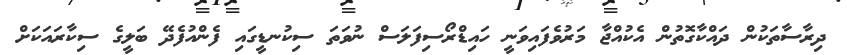
ދިރާސާތަކުން ދައްކާގޮތުން އެކުއްޖާ މަރުވެފައިވަނީ ހައިޑްރޯސިފަލަސް ނުވަތަ ސިކުނޑީގައި ފެންއުފެދޭ ބަލީގެ ސިކާރައަކަށް